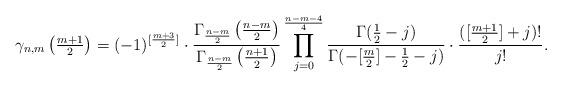
LaTeX: \begin{align*}\gamma_{n,m}\left(\tfrac{m+1}{2}\right)=(-1)^{[\frac{m+3}{2}]}\cdot\frac{\Gamma_{\frac{n-m}{2}}\left(\tfrac{n-m}{2}\right)}{\Gamma_{\frac{n-m}{2}}\left(\tfrac{n+1}{2}\right)}\prod_{j=0}^{\frac{n-m-4}{4}}\frac{\Gamma(\tfrac{1}{2}-j)}{\Gamma(-[\tfrac{m}{2}]-\tfrac{1}{2}-j)} \cdot \frac{([\frac{m+1}{2}]+j)!}{j!}.\end{align*}